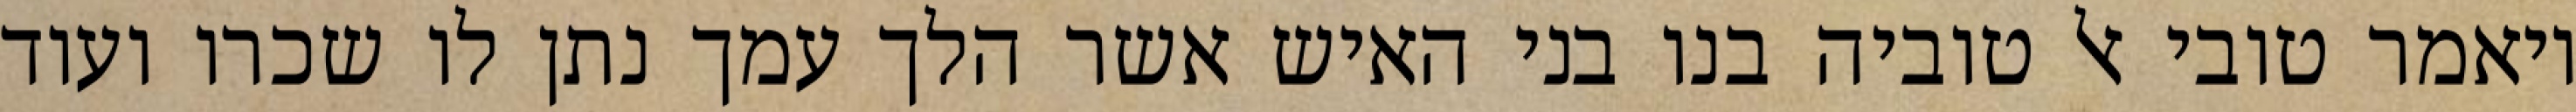
ויאמר טובי אל טוביה בנו בני האיש אשר הלך עמך נתן לו שכרו ועוד